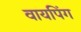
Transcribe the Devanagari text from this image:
वायपिंग